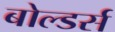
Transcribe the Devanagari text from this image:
बोल्डर्स